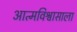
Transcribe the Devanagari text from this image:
आत्मविश्वासाला